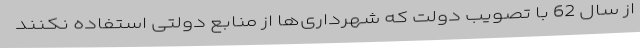
از سال 62 با تصویب دولت که شهرداری‌ها از منابع دولتی استفاده نکنند